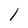
Character: 1